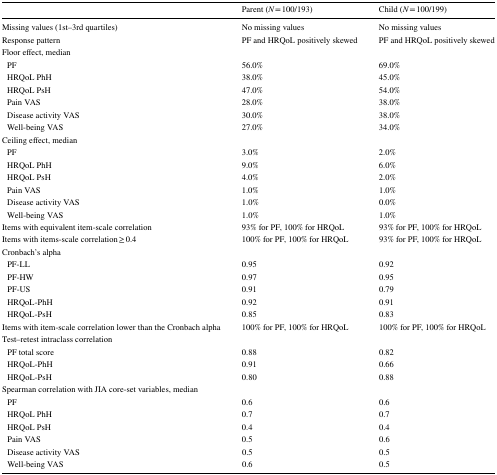
|  | Parent (N = 100/193) | Child (N = 100/199) |
 | --- | --- | --- |
 | Missing values (1st–3rd quartiles) | No missing values | No missing values |
 | Response pattern | PF and HRQoL positively skewed | PF and HRQoL positively skewed |
 | <COLSPAN=3> Floor effect, median |
 | PF | 56.0% | 69.0% |
 | HRQoL PhH | 38.0% | 45.0% |
 | HRQoL PsH | 47.0% | 54.0% |
 | Pain VAS | 28.0% | 38.0% |
 | Disease activity VAS | 30.0% | 38.0% |
 | Well-being VAS | 27.0% | 34.0% |
 | <COLSPAN=3> Ceiling effect, median |
 | PF | 3.0% | 2.0% |
 | HRQoL PhH | 9.0% | 6.0% |
 | HRQoL PsH | 4.0% | 2.0% |
 | Pain VAS | 1.0% | 1.0% |
 | Disease activity VAS | 1.0% | 0.0% |
 | Well-being VAS | 1.0% | 1.0% |
 | Items with equivalent item-scale correlation | 93% for PF, 100% for HRQoL | 93% for PF, 100% for HRQoL |
 | Items with items-scale correlation ≥ 0.4 | 100% for PF, 100% for HRQoL | 93% for PF, 100% for HRQoL |
 | <COLSPAN=3> Cronbach’s alpha |
 | PF-LL | 0.95 | 0.92 |
 | PF-HW | 0.97 | 0.95 |
 | PF-US | 0.91 | 0.79 |
 | HRQoL-PhH | 0.92 | 0.91 |
 | HRQoL-PsH | 0.85 | 0.83 |
 | Items with item-scale correlation lower than the Cronbach alpha | 100% for PF, 100% for HRQoL | 100% for PF, 100% for HRQoL |
 | <COLSPAN=3> Test–retest intraclass correlation |
 | PF total score | 0.88 | 0.82 |
 | HRQoL-PhH | 0.91 | 0.66 |
 | HRQoL-PsH | 0.80 | 0.88 |
 | <COLSPAN=3> Spearman correlation with JIA core-set variables, median |
 | PF | 0.6 | 0.6 |
 | HRQoL PhH | 0.7 | 0.7 |
 | HRQoL PsH | 0.4 | 0.4 |
 | Pain VAS | 0.5 | 0.6 |
 | Disease activity VAS | 0.5 | 0.5 |
 | Well-being VAS | 0.6 | 0.5 |